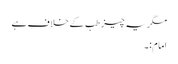
مگر یہ چیز طِب کے خلاف ہے
امام:۔